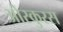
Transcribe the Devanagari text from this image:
ओस्कुरस